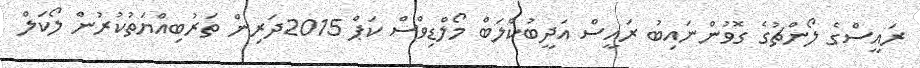
ރައީސްގެ ލޯންޗުގެ ގޮވުންނައިބު ރައީސް އަދީބުކްލަބް މޯލްޑިވްސް ކަޕް 2015ދަރިން ތަރުބިއްޔަތުކުރުން ލޯކަލް